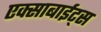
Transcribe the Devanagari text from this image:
एक्साबाईट्स